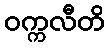
ဝက္ကလီတိ